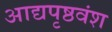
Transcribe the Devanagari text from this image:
आद्यपृष्ठवंश